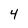
Character: 4